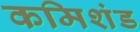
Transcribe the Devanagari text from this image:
कमिशंड